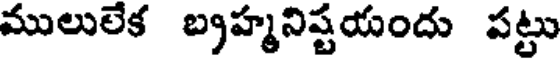
ములులేక బ్రహ్మనిష్టయందు పట్టు